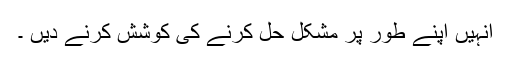
انہیں اپنے طور پر مشکل حل کرنے کی کوشش کرنے دیں ۔